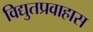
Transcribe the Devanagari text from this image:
विद्युतप्रवाहास